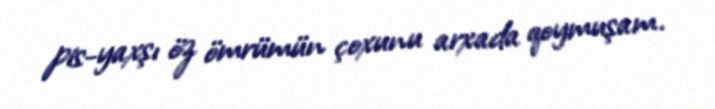
pis-yaxşı öz ömrümün çoxunu arxada qoymuşam.